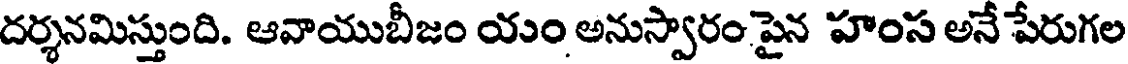
దర్శనమిస్తుంది. ఆవాయుబీజం యం అనుస్వారం పైన హంస అనే పేరుగల